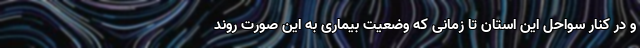
و در کنار سواحل این استان تا زمانی که وضعیت بیماری به این صورت روند